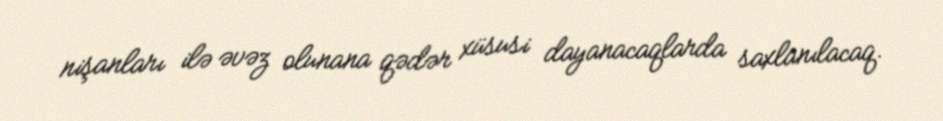
nişanları ilə əvəz olunana qədər xüsusi dayanacaqlarda saxlanılacaq.